Annual administration report of the Civil Veterinary Department of India - 1903-1904
Year: 1903
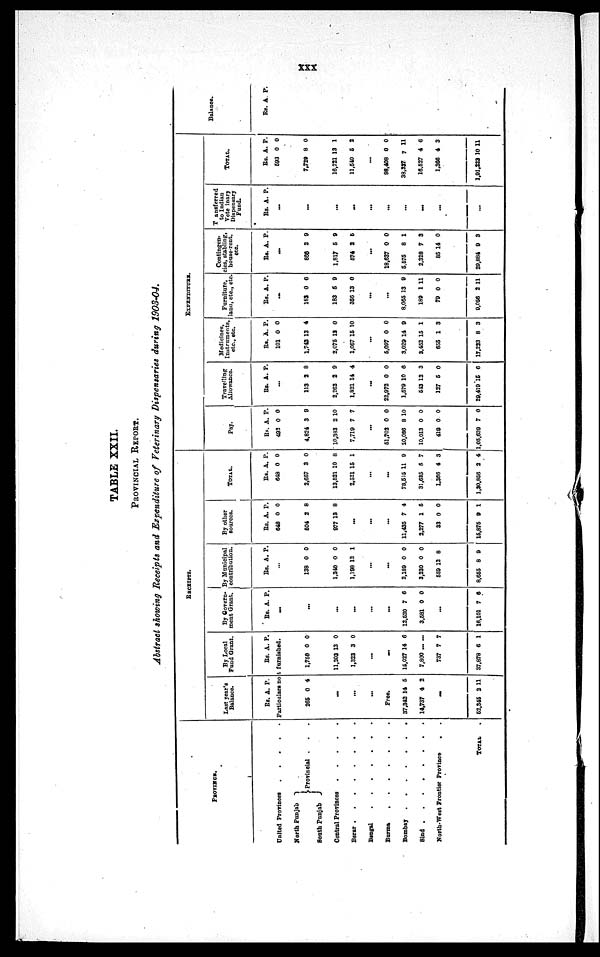
xxx
TABLE XXII.
PROVINCIAL REPORT.
Abstract showing Receipts and Expenditure of Veterinary Dispensaries during 1903-04.
PROVINCE.
United Provinces . . . . .
North Punjab
South Punjab
Provincial . . .
Central Provinces . . . . .
Berar . . . . . . .
Bengal . . . . . . .
Burma . . . . . . .
Bombay . . . . . . .
Sind . . . . . . .
North-West Frontier Province . .
TOTAL .
RECEIPTS.
Last year's
Balance.
Rs. A. P.
By Local
Fund Grant.
Rs. A. P.
Particulars not furnished.
265 0 4
...
...
...
Free.
37,342
14,737
14
4
5
2
...
52,345 2 11
1,750
11,203
1,323
0
13
3
0
0
0
...
...
16.027
7,800
737
37,878
14
...
7
6
6
...
7
1
By Govern¬
ment Grant.
Rs. A. P.
...
...
...
...
...
...
12,520
3,581
7
0
6
0
...
16,101 7 6
By Municipal
contribution.
Rs. A. P.
...
138
1,340
1,198
0
0
12
0
0
1
...
...
2,189
3,230
559
8,665
0
0
12
8
0
0
8
9
By other
sources.
Rs.
648
504
977
A.
0
2
13
P.
0
8
8
...
...
...
11,435
2,277
33
15,876
7
1
0
9
4
5
0
1
TOTAL.
Rs.
648
2,657
13,521
2,521
A.
0
3
10
15
P.
0
0
8
1
...
...
78,515
31,625
1,366
1,30,856
11
5
4
2
9
7
3
4
EXPENDITURE.
Pay.
Rs.
492
4,824
10,383
7,719
A.
0
3
2
7
P.
0
9
10
7
...
51,702
20,086
10,013
419
1,05,639
0
8
0
0
7
0
10
0
0
0
Travelling
Allowance.
Rs. A. P.
...
113
2,262
1,821
2
2
14
8
9
4
...
22,972
1,579
543
127
29,419
0
10
12
5
15
0
6
3
0
6
Medicines,
Instruments,
etc., etc.
Rs.
101
1,743
2,075
1,067
A.
0
13
12
15
P.
0
4
0
10
...
5,097
3,029
3,452
655
17,223
0
14
15
1
8
0
9
1
3
3
Furniture,
land, etc., etc.
Rs. A. P.
...
182
183
356
0
6
13
6
9
0
...
...
8.065
189
79
9,056
13
1
0
2
9
11
0
11
Contingen¬
cies, stabling,
house-rent
etc.
Rs. A. P.
...
866
1,817
574
3
5
2
9
9
5
...
18,637
5,575
2,328
85
29,884
0
8
7
14
9
0
1
3
0
3
Transferred
to Indian
Veterinary
Dispensary
Fund.
Rs. A. P.
...
...
...
...
...
...
...
...
...
...
TOTAL.
Rs.
593
7,729
16,721
11,540
A.
0
8
13
5
P.
0
0
1
2
...
98,408
38,337
16,527
1,366
1,91,223
0
7
4
4
10
0
11
6
3
11
Balance.
Rs. A.
P.